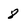
Character: 8